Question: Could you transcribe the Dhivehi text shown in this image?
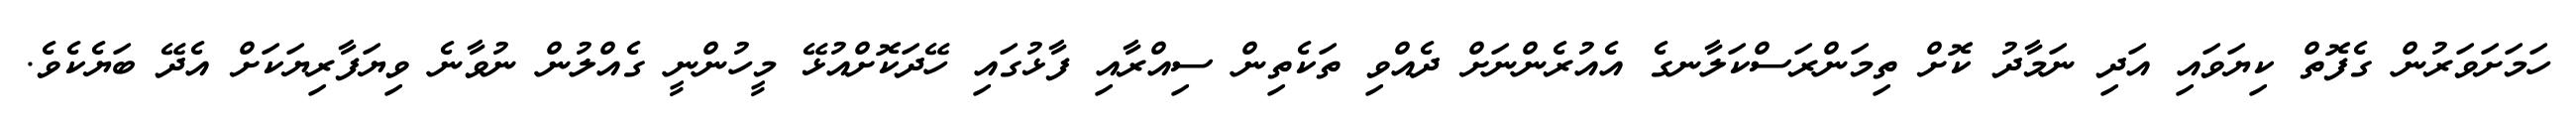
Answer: ހަމަށަވަރުން ގެފޮތް ކިޔަވައި އަދި ނަމާދު ކޮށް ތިމަންރަސްކަލާނގެ އެއުރެންނަށް ދެއްވި ތަކެތިން ސިއްރާއި ފާޅުގައި ހޭދަކޮށްއުޅޭ މީހުންނީ ގެއްލުން ނުވާނެ ވިޔަފާރިޔަކަށް އެދޭ ބަޔެކެވެ.